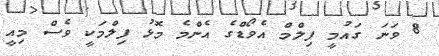
8 ވަނަ ގައުމީ ފިލްމް އެވޯޑްގެ އެންމެ މޮޅު ފިލްމަކީ ވެސް މިއީ